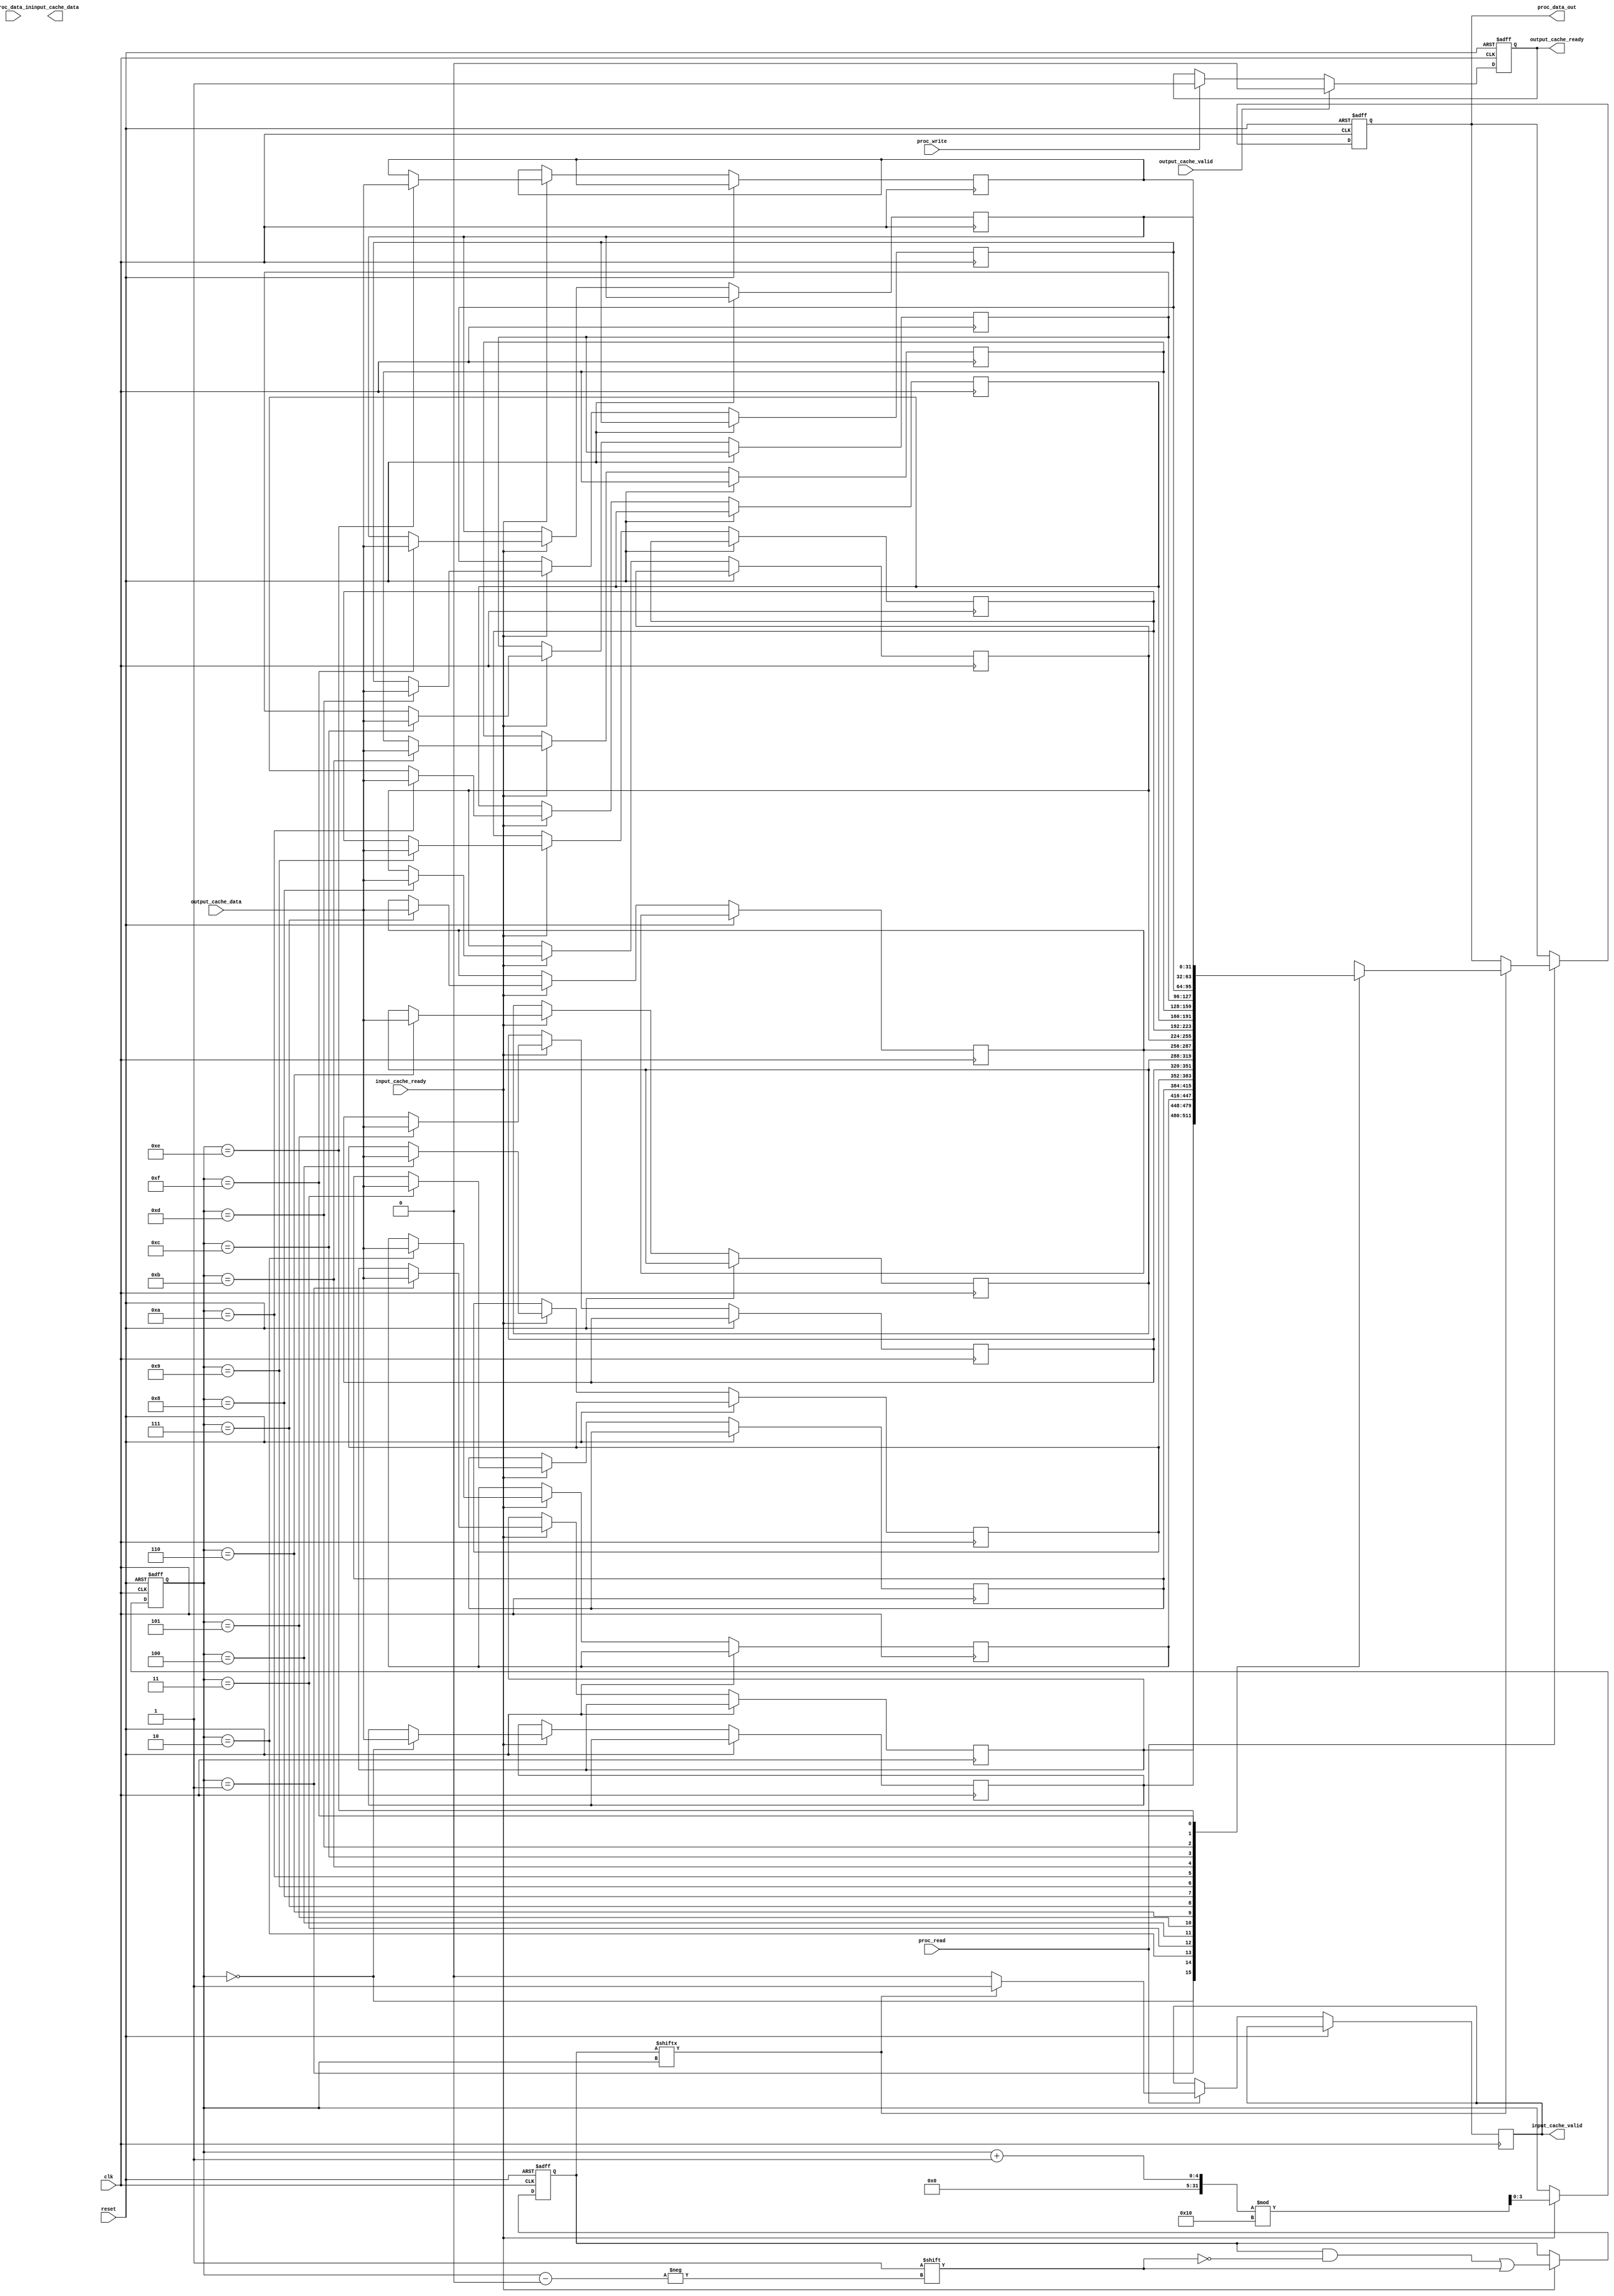
module io_block_with_cache #(
    parameter DATA_WIDTH = 32,
    parameter CACHE_DEPTH = 16
)(
    input wire clk,
    input wire reset,
    
    // Processor Interface
    input wire [DATA_WIDTH-1:0] proc_data_in,
    output reg [DATA_WIDTH-1:0] proc_data_out,
    input wire proc_read,
    input wire proc_write,
    
    // Input Cache Interface
    output reg [DATA_WIDTH-1:0] input_cache_data,
    output reg input_cache_valid,
    input wire input_cache_ready,
    
    // Output Cache Interface
    input wire [DATA_WIDTH-1:0] output_cache_data,
    input wire output_cache_valid,
    output reg output_cache_ready
);

// Input Cache
reg [DATA_WIDTH-1:0] input_cache [0:CACHE_DEPTH-1];
reg [CACHE_DEPTH-1:0] input_cache_valid_bits;
reg [3:0] input_cache_index;

// Output Cache
reg [DATA_WIDTH-1:0] output_cache [0:CACHE_DEPTH-1];
reg [CACHE_DEPTH-1:0] output_cache_valid_bits;
reg [3:0] output_cache_index;

// Cache Control Logic
always @(posedge clk or posedge reset) begin
    if (reset) begin
        // Reset caches
        input_cache_valid_bits <= 0;
        output_cache_valid_bits <= 0;
        proc_data_out <= 0;
        input_cache_index <= 0;
        output_cache_index <= 0;
        output_cache_ready <= 0;
    end else begin
        // Handle Input Cache Read
        if (proc_read) begin
            if (input_cache_valid_bits[input_cache_index]) begin
                proc_data_out <= input_cache[input_cache_index];
                input_cache_valid <= 1;
            end else begin
                input_cache_valid <= 0; // Cache miss
            end
        end
        
        // Handle Output Cache Write
        if (proc_write) begin
            output_cache[output_cache_index] <= proc_data_in;
            output_cache_valid_bits[output_cache_index] <= 1;
            output_cache_ready <= 1; // Indicate data is ready to send
            output_cache_index <= (output_cache_index + 1) % CACHE_DEPTH; // Circular buffer
        end
        
        // Handle Input Cache Data Reception
        if (input_cache_ready) begin
            input_cache[input_cache_index] <= output_cache_data; // Store incoming data
            input_cache_valid_bits[input_cache_index] <= 1;
            input_cache_index <= (input_cache_index + 1) % CACHE_DEPTH; // Circular buffer
        end
        
        // Handle Output Cache Data Transfer
        if (output_cache_valid) begin
            // Logic to send data to external device would go here
            output_cache_ready <= 0; // Reset ready signal after transfer
        end
    end
end

endmodule